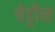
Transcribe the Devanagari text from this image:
चेट्टीस